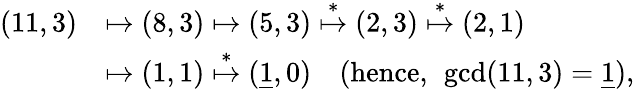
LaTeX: \begin{array}{rl}{(11,3)}&{\mapsto(8,3)\mapsto(5,3)\stackrel{*}{\mapsto}(2,3)\stackrel{*}{\mapsto}(2,1)}\\ &{\mapsto(1,1)\stackrel{*}{\mapsto}(\underline{{1}},0)\quad(\mathrm{hence,~}\operatorname*{gcd}(11,3)=\underline{{1}}),}\end{array}